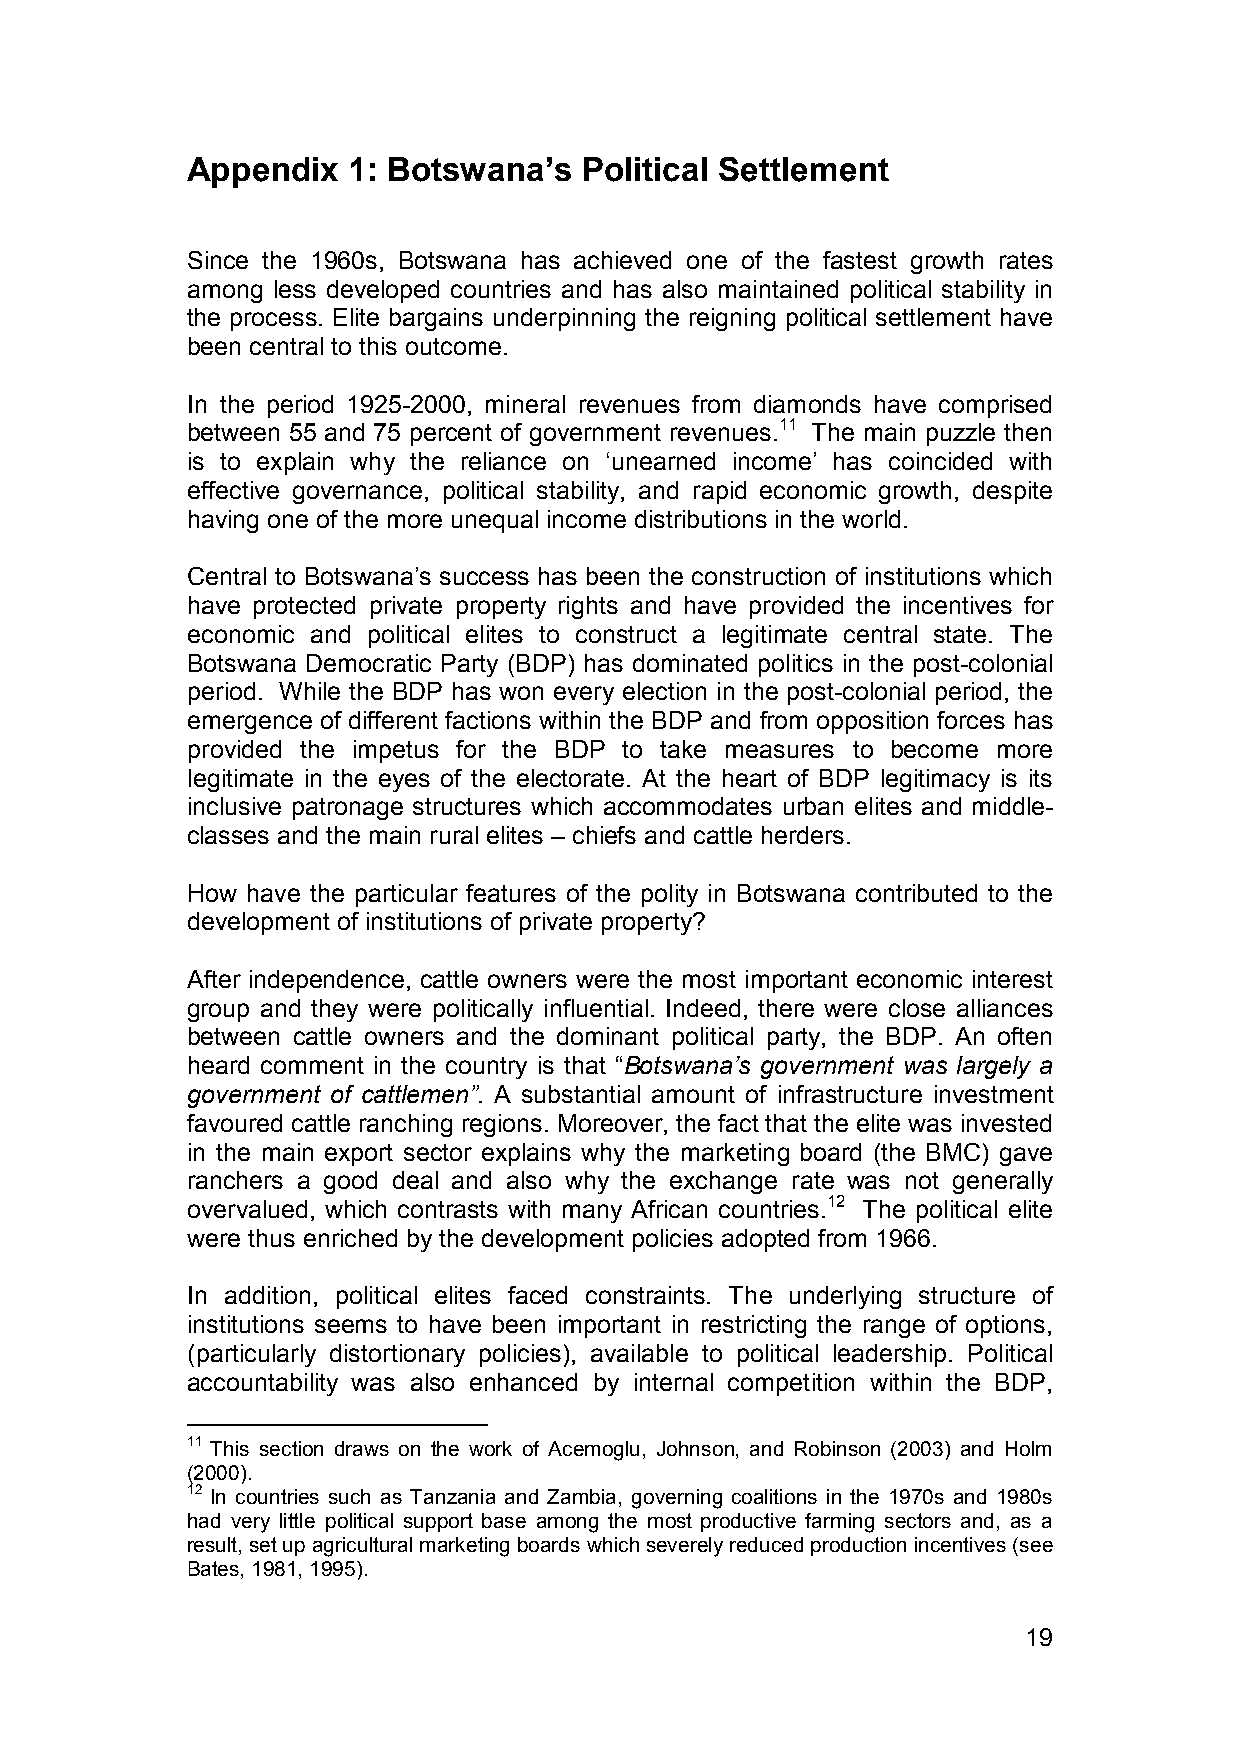
Appendix   1: Botswana’s   Political Settlement
 Since the 1960s, Botswana has achieved one of the fastest growth rates
 among less developed countries and has also maintained political stability in
 the process. Elite bargains underpinning the reigning political settlement have
 been central to this outcome.
 In the period 1925-2000, mineral revenues from diamonds have comprised
 between 55 and 75 percent of government revenues.11 The main puzzle then
 is to explain why the reliance on ‘unearned income’ has coincided with
 effective governance, political stability, and rapid economic growth, despite
 having one of the more unequal income distributions in the world.
 Central to Botswana’s success has been the construction of institutions which
 have protected private property rights and have provided the incentives for
 economic and political elites to construct a legitimate central state. The
 Botswana Democratic Party (BDP) has dominated politics in the post-colonial
 period. While the BDP has won every election in the post-colonial period, the
 emergence of different factions within the BDP and from opposition forces has
 provided the impetus for the BDP to take measures to become more
 legitimate in the eyes of the electorate. At the heart of BDP legitimacy is its
 inclusive patronage structures which accommodates urban elites and middle-
 classes and the main rural elites – chiefs and cattle herders.
 How have the particular features of the polity in Botswana contributed to the
 development of institutions of private property?
 After independence, cattle owners were the most important economic interest
 group and they were politically influential. Indeed, there were close alliances
 between cattle owners and the dominant political party, the BDP. An often
 heard comment in the country is that “Botswana’s government was largely a
 government of cattlemen”. A substantial amount of infrastructure investment
 favoured cattle ranching regions. Moreover, the fact that the elite was invested
 in the main export sector explains why the marketing board (the BMC) gave
 ranchers a good deal and also why the exchange rate was not generally
 overvalued, which contrasts with many African countries.12 The political elite
 were thus enriched by the development policies adopted from 1966.
 In addition, political elites faced constraints. The underlying structure of
 institutions seems to have been important in restricting the range of options,
 (particularly distortionary policies), available to political leadership. Political
 accountability was also enhanced by internal competition within the BDP,
 11 This section draws on the work of Acemoglu, Johnson, and Robinson (2003) and Holm
 (2000).
 12 In countries such as Tanzania and Zambia, governing coalitions in the 1970s and 1980s
 had very little political support base among the most productive farming sectors and, as a
 result, set up agricultural marketing boards which severely reduced production incentives (see
 Bates, 1981, 1995).
 19